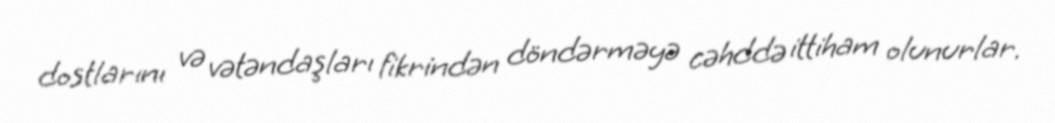
dostlarını və vətəndaşları fikrindən döndərməyə cəhddə ittiham olunurlar.